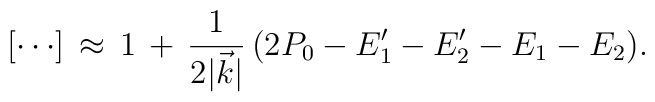
[\cdots]\,\approx\,1\,+\,{1\over2\vert\vec k\vert}\,(2P_0-E'_1-E'_2-E_1-E_2).